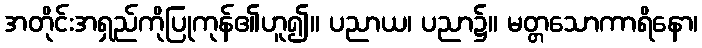
အတိုင်းအရှည်ကိုပြုကုန်၏ဟူ၍။ ပညာယ၊ ပညာ၌။ မတ္တသောကာရိနော၊